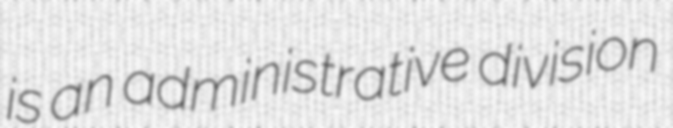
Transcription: is an administrative division